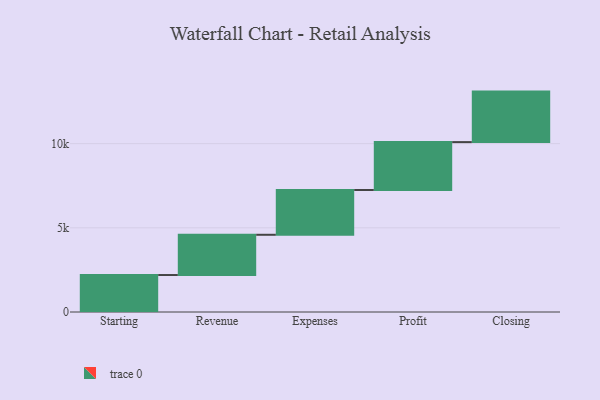
{"axis": {"x": "Step", "y": "Value"}, "legend": [""], "data": [{"x": "Starting", "y": 2196.0, "type": ""}, {"x": "Revenue", "y": 2390.0, "type": ""}, {"x": "Expenses", "y": 2661.0, "type": ""}, {"x": "Profit", "y": 2843.0, "type": ""}, {"x": "Closing", "y": 3000, "type": ""}]}